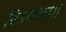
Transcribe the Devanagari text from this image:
विऽम्बका।।